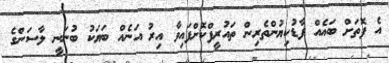
އެ ފޮތަށް ބައެއް ފާޑުކިޔުންތެރިން ތައުރީފްކޮށްފައިވާ އިރު އަނެއް ބަޔަކު ބުނަނީ ލާސަންގެ